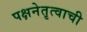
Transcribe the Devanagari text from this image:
पक्षनेतृत्वाची